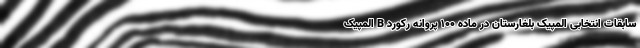
سابقات انتخابی المپیک بلغارستان در ماده ۱۰۰ پروانه رکورد B المپیک